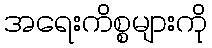
အရေးကိစ္စများကို